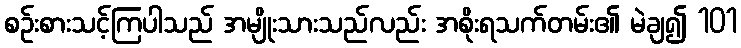
စဉ်းစားသင့်ကြပါသည် အမျိုးသားသည်လည်း အစိုးရသက်တမ်း၏ မဲချ၍ 101